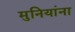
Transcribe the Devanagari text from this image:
मुनियांना